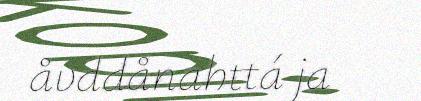
åvddånahttá ja